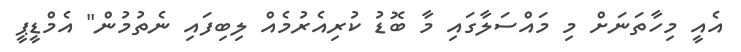
އެއީ މިހާތަނަށް މި މައްސަލާގައި މާ ބޮޑު ކުރިއެރުމެއް ލިބިފައި ނެތުމުން" އެމްޑީޕީ